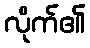
လိုက်၏